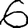
Digit: 6